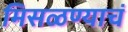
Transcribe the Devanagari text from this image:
मिसळण्याचं